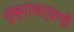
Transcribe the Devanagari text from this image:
शुक्राचार्याची